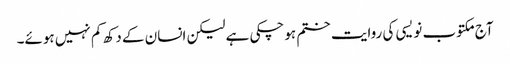
آج مکتوب نویسی کی روایت ختم ہوچکی ہے لیکن انسان کے دکھ کم نہیں ہوئے۔